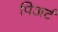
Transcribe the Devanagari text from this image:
पिअर्ट